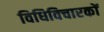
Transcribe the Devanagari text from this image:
विधिविचारकों